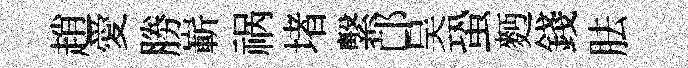
趙愛勝嶄祸堵繫邙吴蛩麪錢胠